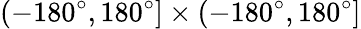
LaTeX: (-180^{\circ},180^{\circ}]\times(-180^{\circ},180^{\circ}]